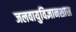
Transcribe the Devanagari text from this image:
जलवायुविज्ञानशास्र